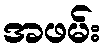
အဖမ်း